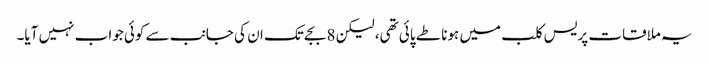
یہ ملاقات پریس کلب میں ہونا طے پائی تھی، لیکن 8 بجے تک ان کی جانب سے کوئی جواب نہیں آیا۔